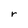
Character: r